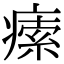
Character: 𤸴